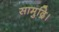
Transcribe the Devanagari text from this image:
सामुद्रि।